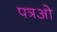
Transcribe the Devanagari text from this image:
पत्रओ